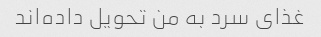
غذای سرد به من تحویل داده‌اند